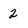
Character: 2